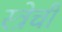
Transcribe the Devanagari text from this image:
स्त्रेची